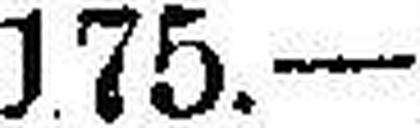
175.—